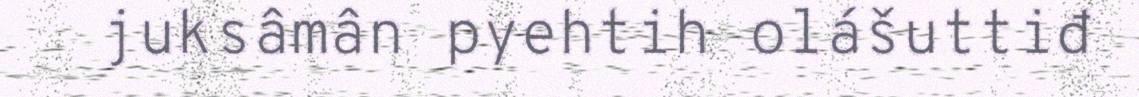
juksâmân pyehtih olášuttiđ